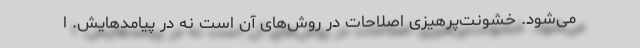
می‌شود. خشونت‌پرهیزی اصلاحات در روش‌های آن است نه در پیامدهایش. ا